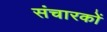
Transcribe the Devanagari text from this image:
संचारकों